Indian journal of veterinary science and animal husbandry - Volumes 24-25, 1954-1955
Year: 1954
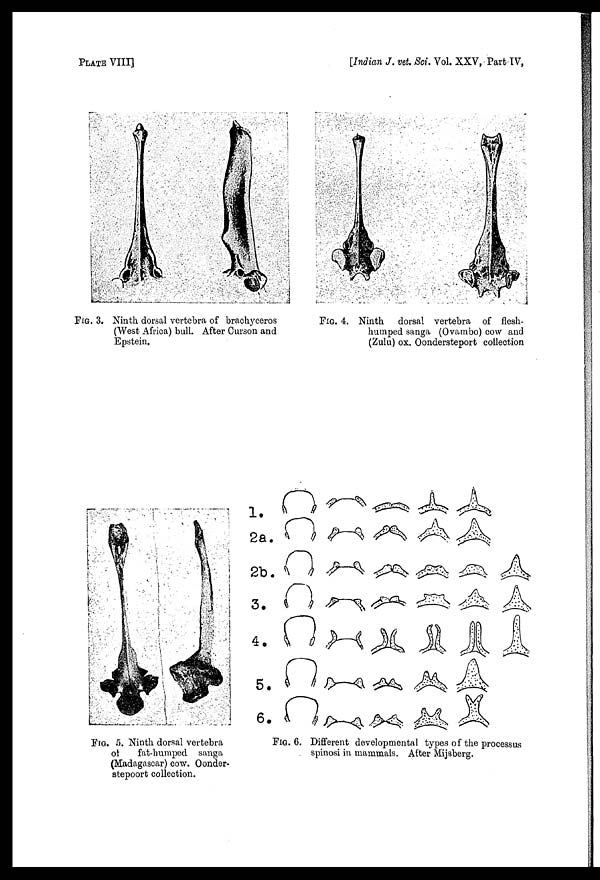
PLATE VIII]
[Indian J. vet. Sci. Vol. XXV, Part IV,
FIG. 3. Ninth dorsal vertebra of brachyeeros
(West Africa) bull. After Curson and
Epstein.
Fig. 4. Ninth
dorsal vertebra of flesh-
humped sanga (Ovambo) cow and
(Zulu) ox. Oondersteport collection
Fig. 5. Ninth dorsal vertebra
of
fat-humped sanga
(Madagascar) cow. Oonder-
stepoort collection.
Fig. 6. Different developmental types of the processus
spinosi in mammals. After Mijsberg.